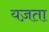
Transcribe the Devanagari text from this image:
यज़ता